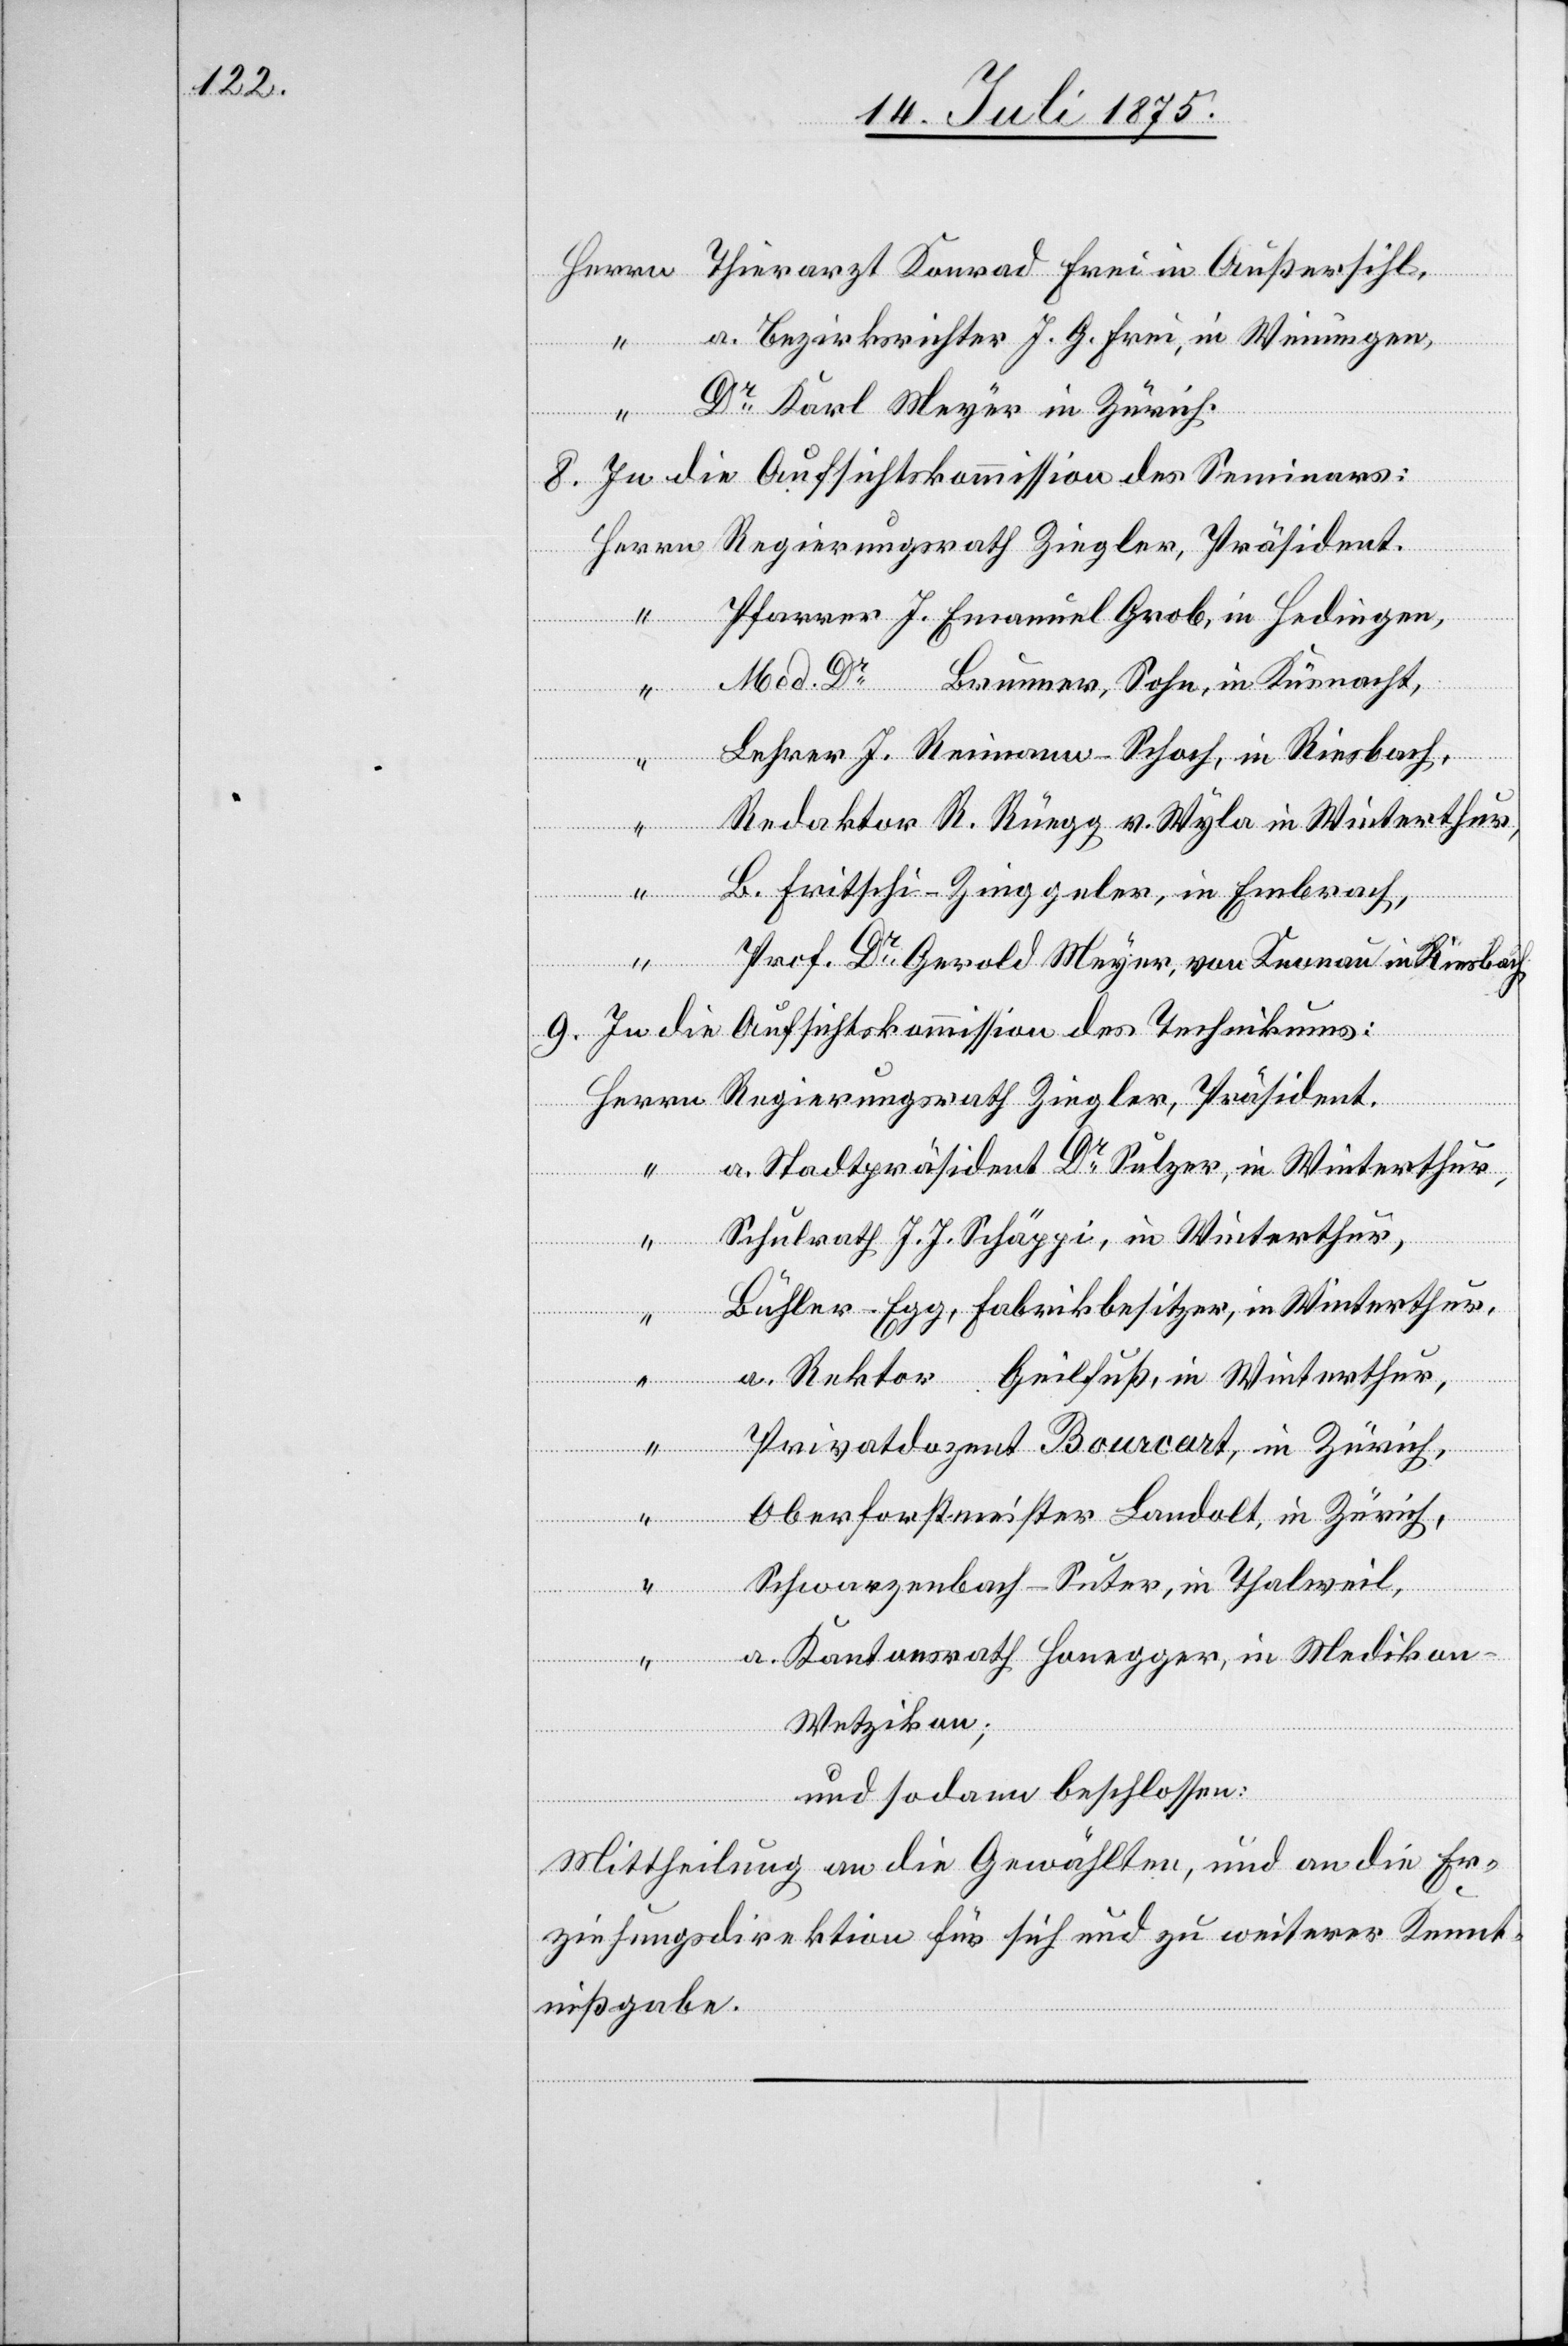
a. Bezirksrichter J. G. Frei, in Weiningen,
Dr Karl Meyer in Zürich.
8. In die Aufsichtskommission des Seminars:
Herrn
Pfarrer J. Emanuel Grob, in Hedingen,
Med. Dr Brunner, Sohn, in Küsnacht,
“
Lehrer J. Reimann-Schoch, in Riesbach,
Redaktor R. Rüegg v. Wyla in Winterthur,
B. Fritschi-Zinggeler, in Embrach,
Prof. Dr Gerold Meyer, von Knonau in Riesbach.
9. In die Aufsichtskommission des Technikums:
a. Stadtpräsident Dr Sulzer, in Winterthur,
Schulrath J. J. Schäppi, in Winterthur,
t.
Bühler-Egg, Fabrikbesitzer, in Winterthur,
“
Präsiden¬
a. Rektor Geilfuß, in Winterthur,
Privatdozent Bourcart, in Zürich,
Oberforstmeister Landolt, in Zürich,
Schwarzenbach-Suter, Thalweil,
a. Kantonsrath Honegger, in Medikon
Wetzikon;
und sodann beschlossen:
Mittheilung an die Gewählten, und an die Er¬
ziehungsdirektion für sich und zu weiterer Kennt¬
nißgabe.